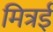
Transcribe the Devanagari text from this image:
मित्रई